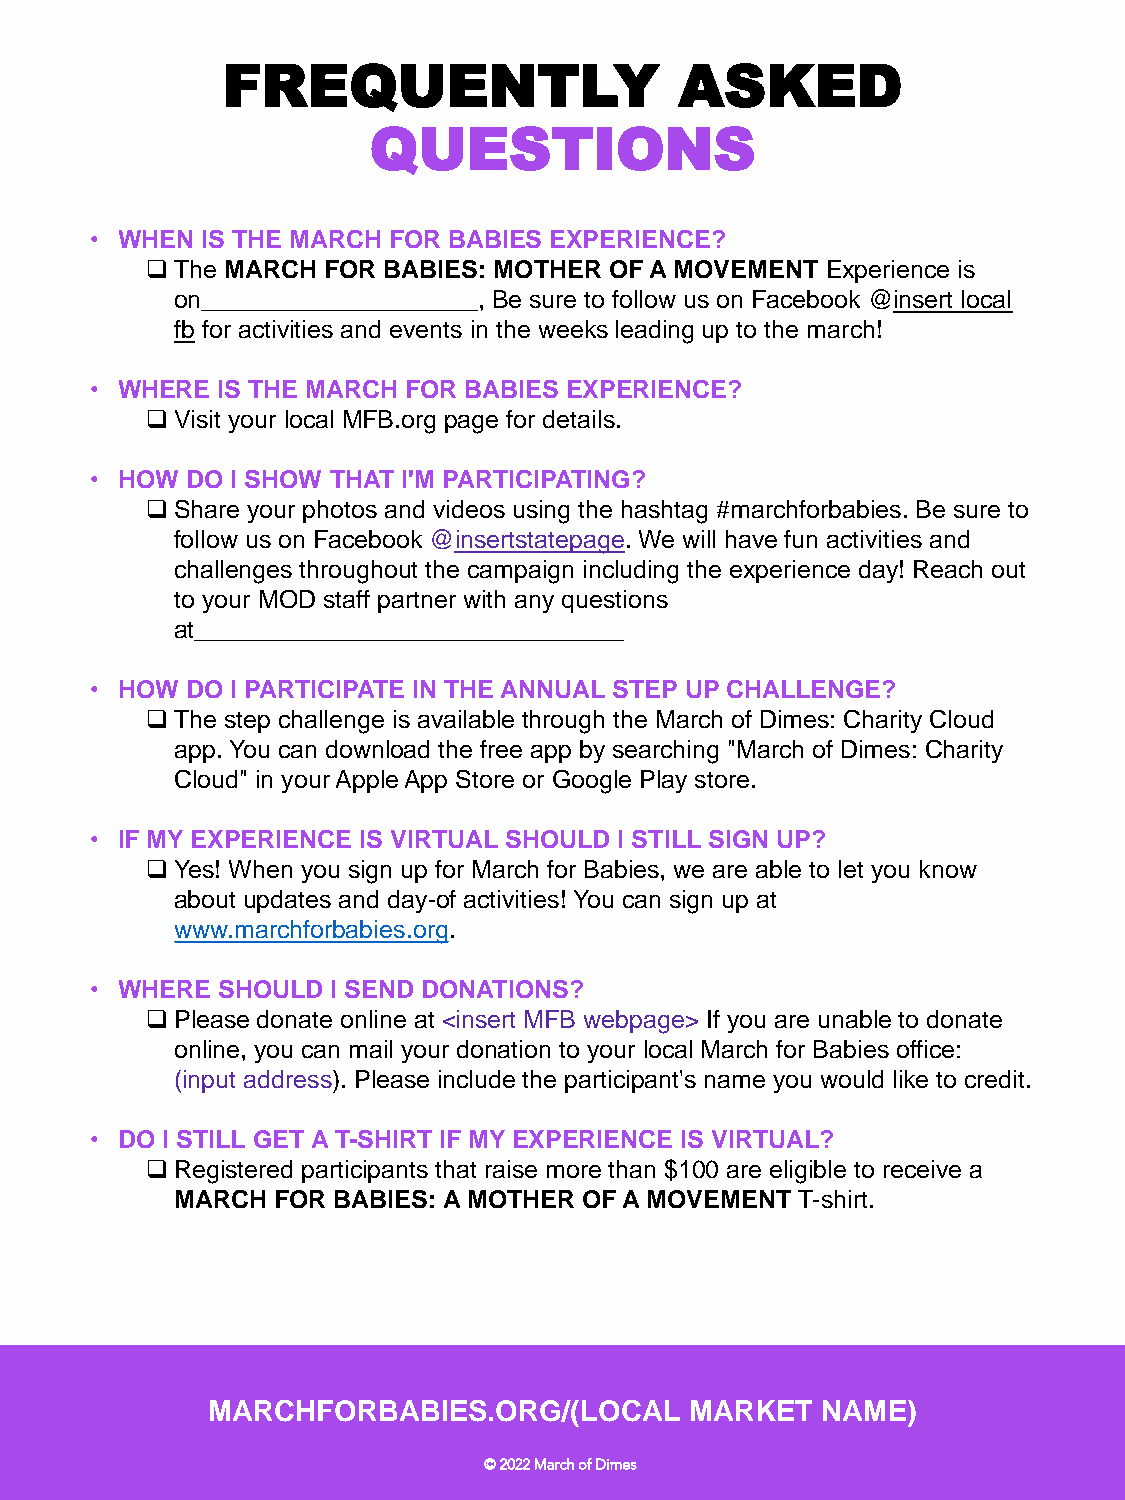
FREQUENTLY                    ASKED
 QUESTIONS
 • WHEN IS THE MARCH FOR BABIES EXPERIENCE?
 The MARCH FOR BABIES: MOTHER OF A MOVEMENT  Experience is
 on____________________, Be sure to follow us on Facebook @insert local
 fb for activities and events in the weeks leading up to the march!
 • WHERE IS THE MARCH FOR BABIES EXPERIENCE?
 Visit your local MFB.org page for details.
 • HOW DO I SHOW THAT I'M PARTICIPATING?
 Share your photos and videos using the hashtag #marchforbabies. Be sure to
 follow us on Facebook @insertstatepage. We will have fun activities and
 challenges throughout the campaign including the experience day! Reach out
 to your MOD staff partner with any questions
 at_______________________________
 • HOW DO I PARTICIPATE IN THE ANNUAL STEP UP CHALLENGE?
 The step challenge is available through the March of Dimes: Charity Cloud
 app. You can download the free app by searching "March of Dimes: Charity
 Cloud" in your Apple App Store or Google Play store.
 • IF MY EXPERIENCE IS VIRTUAL SHOULD I STILL SIGN UP?
 Yes! When you sign up for March for Babies, we are able to let you know
 about updates and day-of activities! You can sign up at
 www.marchforbabies.org.
 • WHERE SHOULD  I SEND DONATIONS?
 Please donate online at <insert MFB webpage> If you are unable to donate
 online, you can mail your donation to your local March for Babies office:
 (input address). Please include the participant's name you would like to credit.
 • DO I STILL GET A T-SHIRT IF MY EXPERIENCE IS VIRTUAL?
 Registered participants that raise more than $100 are eligible to receive a
 MARCH FOR BABIES: A MOTHER OF A MOVEMENT T-shirt.
 MARCHFORBABIES.ORG/(LOCAL       MARKET  NAME)
 © 2022 March of Dimes